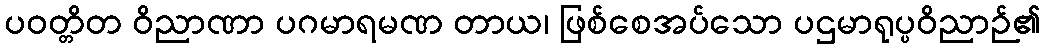
ပဝတ္တိတ ဝိညာဏာ ပဂမာရမဏ တာယ၊ ဖြစ်စေအပ်သော ပဌမာရုပ္ပဝိညာဉ်၏